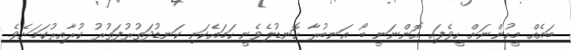
ބައެއް މީހުންނަށް ހީވެފައި އޮންނަނީ ބޯ އަނބުރާ ހޮނޑުލެވެނީ ހަމައެކަނި ކަނޑުދަތުރުފަތުރު ކުރާއިރުކަމަށެވެ.